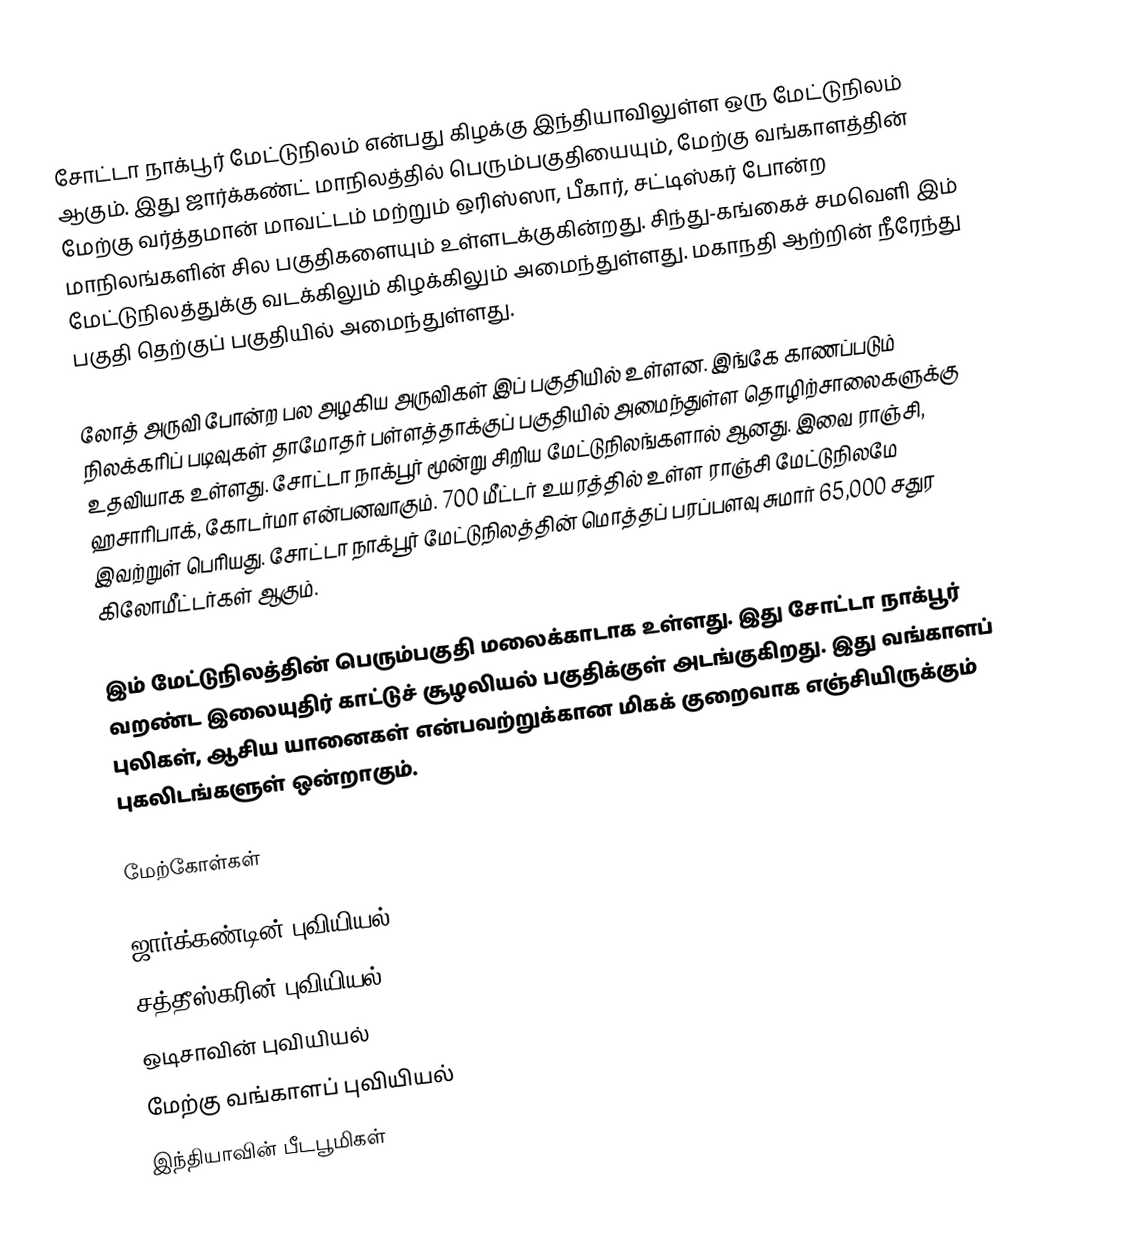
சோட்டா நாக்பூர் மேட்டுநிலம் என்பது கிழக்கு இந்தியாவிலுள்ள ஒரு மேட்டுநிலம் ஆகும். இது ஜார்க்கண்ட் மாநிலத்தில் பெரும்பகுதியையும், மேற்கு வங்காளத்தின் மேற்கு வர்த்தமான் மாவட்டம் மற்றும் ஒரிஸ்ஸா, பீகார், சட்டிஸ்கர் போன்ற மாநிலங்களின் சில பகுதிகளையும் உள்ளடக்குகின்றது. சிந்து-கங்கைச் சமவெளி இம் மேட்டுநிலத்துக்கு வடக்கிலும் கிழக்கிலும் அமைந்துள்ளது. மகாநதி ஆற்றின் நீரேந்து பகுதி தெற்குப் பகுதியில் அமைந்துள்ளது.

லோத் அருவி போன்ற பல அழகிய அருவிகள் இப் பகுதியில் உள்ளன. இங்கே காணப்படும் நிலக்கரிப் படிவுகள் தாமோதர் பள்ளத்தாக்குப் பகுதியில் அமைந்துள்ள தொழிற்சாலைகளுக்கு உதவியாக உள்ளது. சோட்டா நாக்பூர் மூன்று சிறிய மேட்டுநிலங்களால் ஆனது. இவை ராஞ்சி, ஹசாரிபாக், கோடர்மா என்பனவாகும். 700 மீட்டர் உயரத்தில் உள்ள ராஞ்சி மேட்டுநிலமே இவற்றுள் பெரியது. சோட்டா நாக்பூர் மேட்டுநிலத்தின் மொத்தப் பரப்பளவு சுமார் 65,000 சதுர கிலோமீட்டர்கள் ஆகும்.

இம் மேட்டுநிலத்தின் பெரும்பகுதி மலைக்காடாக உள்ளது. இது சோட்டா நாக்பூர் வறண்ட இலையுதிர் காட்டுச் சூழலியல் பகுதிக்குள் அடங்குகிறது. இது வங்காளப் புலிகள், ஆசிய யானைகள் என்பவற்றுக்கான மிகக் குறைவாக எஞ்சியிருக்கும் புகலிடங்களுள் ஒன்றாகும்.

மேற்கோள்கள்

ஜார்க்கண்டின் புவியியல்
சத்தீஸ்கரின் புவியியல்
ஒடிசாவின் புவியியல்
மேற்கு வங்காளப் புவியியல்
இந்தியாவின் பீடபூமிகள்